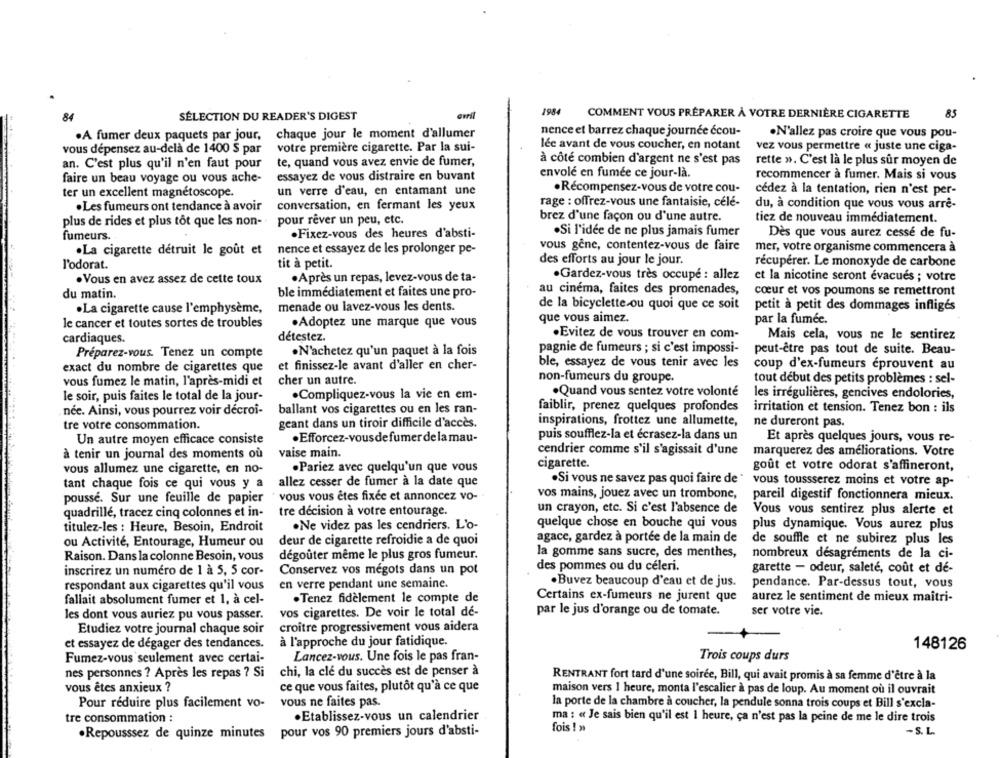
erril
1984
85
SÉLECTION DU READER'S DIGEST
COMMENT VOUS PRÉPARER À VOTRE DERNIÈRE CIGARETTE
.A fumer deux paquets par jour, chaque jour le moment d'allumer
nence et barrez chaque journée écou-
·N'allez pas croire que vous pou-
vous dépensez au-delà de 1400 $ par
votre première cigarette. Par la sui-
lée avant de vous coucher, en notant
vez vous permettre « juste une ciga-
à côté combien d'argent ne s'est pas
an. C'est plus qu'il n'en faut pour
te, quand vous avez envie de fumer,
rette ». C'est là le plus sur moyen de
envole en fumée ce jour-là.
faire un beau voyage ou vous ache-
essayez de vous distraire en buvant
recommencer à fumer. Mais si vous
un verre d'eau, en entamant unc
. Récompensez-vous de votre cou-
ter un excellent magnétoscope.
cédez à la tentation, rien n'est per-
conversation, en fermant les yeux
rage : offrez-vous une fantaisie, celé-
du, à condition que vous vous arrê-
. Les fumeurs ont tendance à avoir
pour rever un peu, etc.
brez d'une façon ou d'une autre.
tiez de nouveau immédiatement.
plus de rides et plus tôt que les non-
.Fixez-vous des heures d'absti-
.Si l'idée de ne plus jamais fumer
Dès que vous aurez cessé de fu-
fumeurs.
.La cigarette détruit le goût et
nence et essayez de les prolonger pe-
vous gêne, contentez-vous de faire
mer, votre organisme commencera à
l'odorat.
tit à petit.
des efforts au jour le jour.
récupérer. Le monoxyde de carbone
. Vous en avez assez de cette toux
.Après un repas, levez-vous de ta-
·Gardez-vous très occupé : allez
et la nicotine seront évacués ; votre
du matin.
ble immédiatement et faites une pro-
au cinéma, faites des promenades,
cœur et vos poumons se remettront
.La cigarette cause l'emphysème,
menade ou lavez-vous les dents.
de la bicyclette ou quoi que ce soit
petit à petit des dommages infligés
que vous aimez.
le cancer et toutes sortes de troubles
.Adoptez une marque que vous
par la fumée.
.Evitez de vous trouver en com-
cardiaques.
détestez.
Mais cela, vous ne le sentirez
pagnie de fumeurs ; si c'est impossi-
peut-être pas tout de suite. Beau-
Préparez-vous. Tenez un compte
.N'achetez qu'un paquet à la fois
et finissez-le avant d'aller en cher-
ble, essayez de vous tenir avec les
coup d'ex-fumeurs éprouvent au
exact du nombre de cigarettes que
non-fumeurs du groupe.
tout début des petits problèmes : sel-
vous fumez le matin, l'après-midi et
cher un autre.
.Quand vous sentez votre volonté
les irrégulières, gencives endolories,
le soir, puis faites le total de la jour-
.Compliquez-vous la vie en em-
ballant vos cigarettes ou en les ran-
faiblir, prenez quelques profondes
irritation et tension. Tenez bon : ils
née. Ainsi, vous pourrez voir décroî-
tre votre consommation.
geant dans un tiroir difficile d'accès.
inspirations, frottez une allumette,
ne dureront pas.
Un autre moyen efficace consiste
.Efforcez-vousde fumer delamau-
puis soufflez-la et écrasez-la dans un
Et après quelques jours, vous re-
à tenir un journal des moments où
vaise main.
cendrier comme s'il s'agissait d'une marquerez des améliorations. Votre
marquerez des améliorations. Votre
vous allumez une cigarette, en no-
.Pariez avec quelqu'un que vous
cigarette.
goût et votre odorat s'affineront,
tant chaque fois ce qui vous y a
allez cesser de fumer à la date que
.Si vous ne savez pas quoi faire de
vous toussserez moins et votre ap-
pousse. Sur une feuille de papier
vous vous êtes fixee et annoncez vo- .
vos mains, jouez avec un trombone,
pareil digestif fonctionnera mieux.
quadrillé, tracez cinq colonnes et in-
tre décision à votre entourage.
un crayon, etc. Si c'est l'absence de
Vous vous sentirez plus alerte et
quelque chose en bouche qui vous
titulez-les : Heure, Besoin, Endroit
·Ne videz pas les cendriers. L'o-
plus dynamique. Vous aurez plus
agace, gardez à portée de la main de
ou Activité, Entourage, Humeur ou
deur de cigarette refroidie a de quoi
de souffle et ne subirez plus les
la gomme sans sucre, des menthes,
nombreux désagréments de la ci-
Raison. Dans la colonne Besoin, vous
dégouter même le plus gros fumeur.
des pommes ou du céleri.
garette - odeur, saleté, coût et dé-
inscrirez un numero de 1 à 5, 5 cor-
Conservez vos mégots dans un pot
en verre pendant une semaine.
.Buvez beaucoup d'eau et de jus.
pendance. Par-dessus tout, vous
respondant aux cigarettes qu'il vous
fallait absolument fumer et 1, à cel-
·Tenez fidèlement le compte de
Certains ex-fumeurs ne jurent que
aurez le sentiment de mieux maîtri-
vos cigarettes. De voir le total de-
par le jus d'orange ou de tomate.
ser votre vie.
les dont vous auriez pu vous passer.
Etudiez votre journal chaque soir
croître progressivement vous aidera
et essayez de dégager des tendances.
à l'approche du jour fatidique.
148126
Fumez-vous seulement avec certai-
Lancez-vous. Une fois le pas fran-
Trois coups durs
nes personnes ? Après les repas ? Si
chi, la clé du succès est de penser à
RENTRANT fort tard d'une soirée, Bill, qui avait promis à sa femme d'être à la
vous êtes anxieux ?
ce que vous faites, plutôt qu'à ce que
maison vers 1 heure, monta l'escalier à pas de loup. Au moment où il ouvrait
Pour réduire plus facilement vo-
vous ne faites pas.
la porte de la chambre à coucher, la pendule sonna trois coups et Bill s'excla-
tre consommation :
.Etablissez-vous un calendrier
ma : « Je sais bien qu'il est 1 heure, ça n'est pas la peine de me le dire trois
fois ! »
. Repousssez de quinze minutes pour vos 90 premiers jours d'absti-
-S. L.